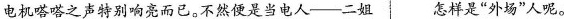
电机嗒嗒之声特别响亮而已。不然便是当电人——二姐 怎样是“外场”人呢。